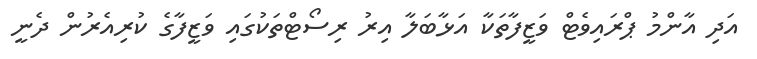
އަދި އާންމު ޕްރައިވެޓް ވަޒީފާތަކާ އަޅާބަލާ އިރު ރިސޯޓްތަކުގައި ވަޒީފާގެ ކުރިއެރުން ދެނީ